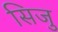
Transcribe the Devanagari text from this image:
सिजु